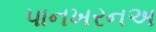
પાનખરનઅ